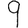
Digit: 9